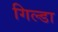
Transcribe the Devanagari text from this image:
गिल्डा